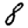
Digit: 8